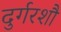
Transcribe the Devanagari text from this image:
दुर्गरशौ